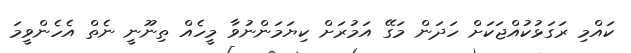
ކައްމި ރަގަޅުކުއްޖަކަށް ހަދަން މަގޭ އަމުރަށް ކިޔަމަންނުވާ މީހެއް ތިނޫނީ ނެތް އެހެންވީމަ